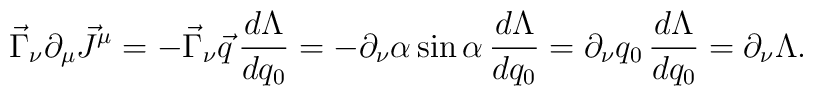
\vec{\Gamma}_\nu \partial_\mu \vec{J}^\mu = - \vec{\Gamma}_\nu \vec{q} \, \frac{d \Lambda}{d q_0} = - \partial_\nu \alpha \sin \alpha \, \frac{d \Lambda}{d q_0} = \partial_\nu q_0 \, \frac{d \Lambda}{d q_0} = \partial_\nu \Lambda .